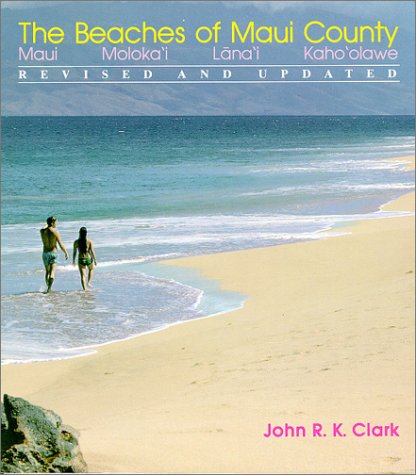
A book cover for Beaches of Maui County (A Kolowalu Book); John R. K. Clark; Travel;